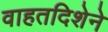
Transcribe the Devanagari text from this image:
वाहतदिशेने